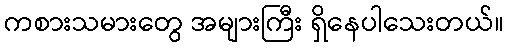
ကစားသမားတွေ အများကြီး ရှိနေပါသေးတယ်။